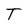
Character: T